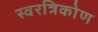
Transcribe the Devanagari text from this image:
स्वरत्रिकोण